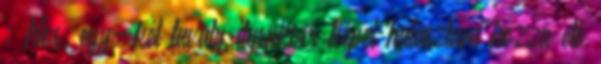
: Nos, egy-két tavaly ilyenkori képet halásztam hozzá elő